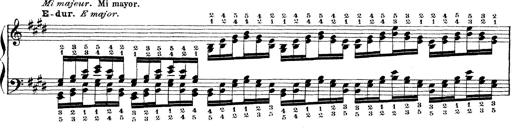
Title: Technische Studien
Composer: Franz Liszt